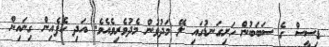
ޑިސީސް ގެ ސަބަބުން ހަށިގަނޑުގައި ލޭ މަދުވުން މެދުވެރިވެއެވެ. އަދި ކެފެއިން ގިނައިން